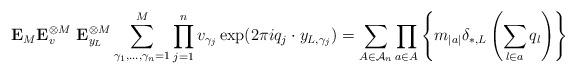
LaTeX: \begin{align*}{\bf E}_M {\bf E}_v^{\otimes M} \ {\bf E}_{y_L}^{\otimes M} \sum_{\gamma_1,...,\gamma_n = 1}^M \prod_{j=1}^n v_{\gamma_j} \exp(2 \pi i q_j \cdot y_{L,\gamma_j}) = \sum_{A \in \mathcal{A}_n} \prod_{a \in A} \left\{ m_{|a|} \delta_{*,L} \left( \sum_{l \in a} q_l \right) \right\} \end{align*}